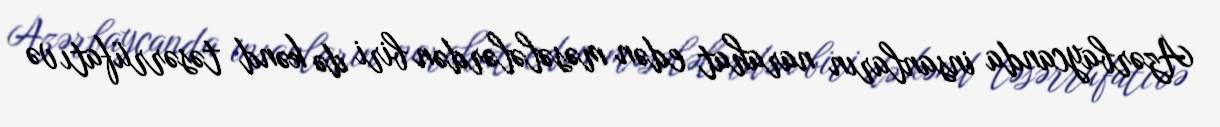
Azərbaycanda insanların narahat edən məsələlərdən biri də kənd təsərrüfatı və